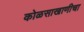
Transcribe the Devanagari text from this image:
कोळसाखाणीचा